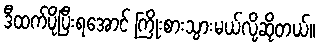
ဒီထက်ပိုပြီးရအောင် ကြိုးစားသွားမယ်လို့ဆိုတယ်။